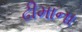
ઢીમાના